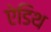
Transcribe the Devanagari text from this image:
ऐडिथ